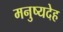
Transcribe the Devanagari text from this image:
मनुष्यदेह